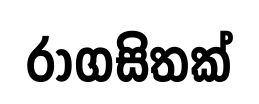
රාගසිතක්